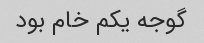
گوجه یکم خام بود